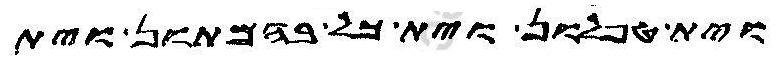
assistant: וית טפלון וית כל בהמתון וית